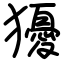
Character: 獶